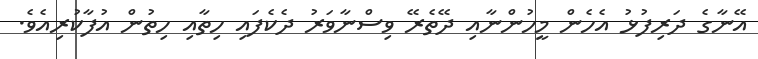
އޭނާގެ ދަރިފުޅު އެހެން މީހުންނާއި ދޭތެރޭ ވިސްނާވަރު ދެކެފައި ހިތާއި ހިތުން އުފާކުރިއެވެ.